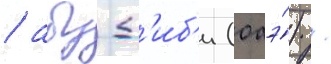
/ абу-д'иб'и (оаэ́) /